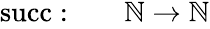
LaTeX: \begin{array}{rl}{\operatorname{succ}:\quad}&{{}\mathbb{N}\rightarrow\mathbb{N}}\end{array}